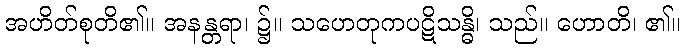
အဟိတ်စုတိ၏။ အနန္တရာ၊ ၌။ သဟေတုကပဋိသန္ဓိ၊ သည်။ ဟောတိ၊ ၏။